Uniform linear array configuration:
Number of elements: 48
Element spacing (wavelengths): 0.75
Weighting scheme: exponential
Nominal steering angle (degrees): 30
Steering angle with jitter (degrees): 30.934
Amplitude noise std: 0.05
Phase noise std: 0.05

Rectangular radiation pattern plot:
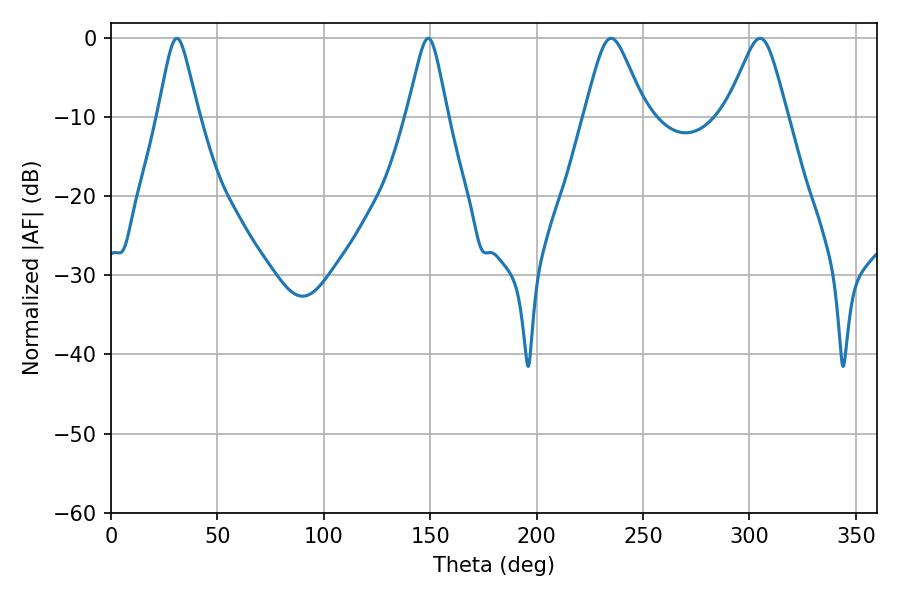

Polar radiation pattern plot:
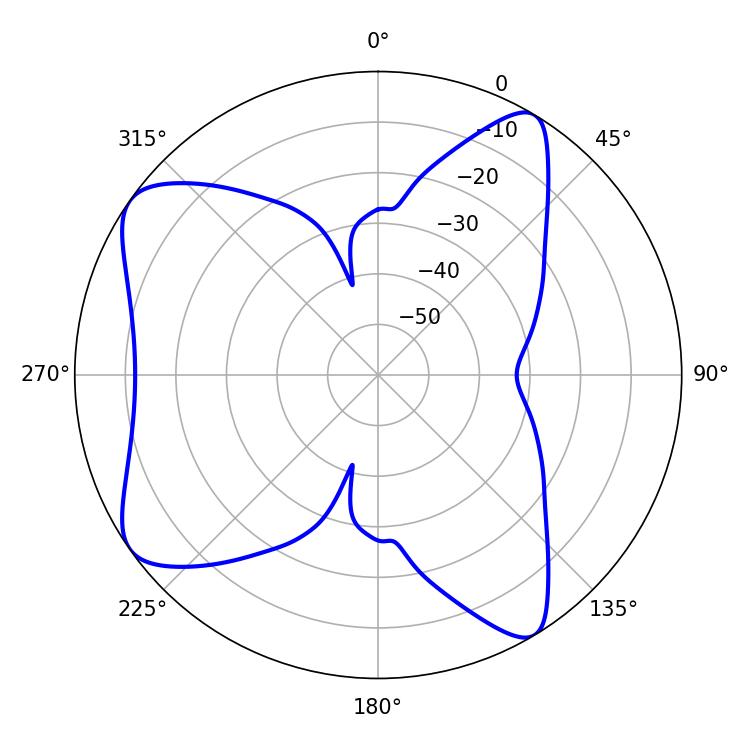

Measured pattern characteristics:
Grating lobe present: TRUE
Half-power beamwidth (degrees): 9
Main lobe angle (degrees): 30.96